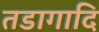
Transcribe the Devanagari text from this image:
तडागादि